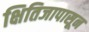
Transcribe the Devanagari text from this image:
क्षितिजापासून